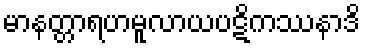
မာနတ္တာရဟမူလာယပဋိကဿနာဒိ